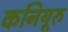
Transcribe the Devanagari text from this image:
कनियूरु